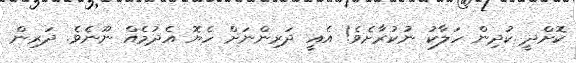
ކޮށްދީ ކުދިން ހަލާކު ނުކުރާށެވެ! އެއީ ދަރިންނަށް ހެޔޮ އެދުމެއް ނޫނެވެ. ދަރިން